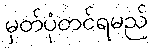
မှတ်ပုံတင်ရမည်